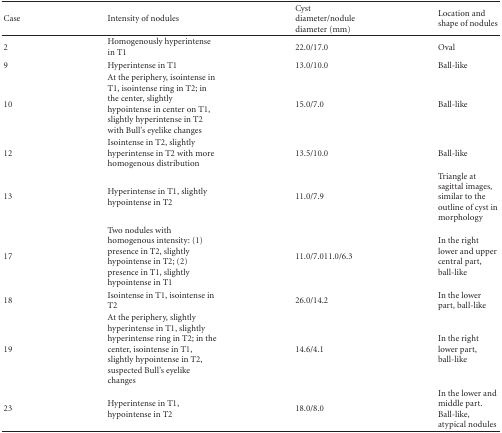
<table><thead><tr><td><b>Case</b></td><td><b>Intensity of nodules</b></td><td><b>Cyst diameter/nodule diameter (mm)</b></td><td><b>Location and shape of nodules</b></td></tr></thead><tbody><tr><td>2</td><td>Homogenously hyperintense in T1</td><td>22.0/17.0</td><td>Oval</td></tr><tr><td>9</td><td>Hyperintense in T1</td><td>13.0/10.0</td><td>Ball-like</td></tr><tr><td>10</td><td>At the periphery, isointense in T1, isointense ring in T2; in the center, slightly hypointense in center on T1, slightly hyperintense in T2 with Bull&#x27;s eyelike changes</td><td>15.0/7.0</td><td>Ball-like</td></tr><tr><td>12</td><td>Isointense in T2, slightly hyperintense in T2 with more homogenous distribution</td><td>13.5/10.0</td><td>Ball-like</td></tr><tr><td>13</td><td>Hyperintense in T1, slightly hypointense in T2</td><td>11.0/7.9</td><td>Triangle at sagittal images, similar to the outline of cyst in morphology</td></tr><tr><td>17</td><td>Two nodules with homogenous intensity: (1) presence in T2, slightly hypointense in T2; (2) presence in T1, slightly hypointense in T1</td><td>11.0/7.011.0/6.3</td><td>In the right lower and upper central part, ball-like</td></tr><tr><td>18</td><td>Isointense in T1, isointense in T2</td><td>26.0/14.2</td><td>In the lower part, ball-like</td></tr><tr><td>19</td><td>At the periphery, slightly hyperintense in T1, slightly hyperintense ring in T2; in the center, isointense in T1, slightly hypointense in T2, suspected Bull&#x27;s eyelike changes</td><td>14.6/4.1</td><td>In the right lower part, ball-like</td></tr><tr><td>23</td><td>Hyperintense in T1, hypointense in T2</td><td>18.0/8.0</td><td>In the lower and middle part. Ball-like, atypical nodules</td></tr></tbody></table>